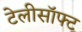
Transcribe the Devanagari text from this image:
टेलीसॉफ्ट